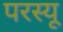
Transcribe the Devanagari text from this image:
परस्यू